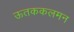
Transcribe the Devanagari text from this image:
ऊतककलमन